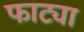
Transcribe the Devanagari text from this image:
फाट्या